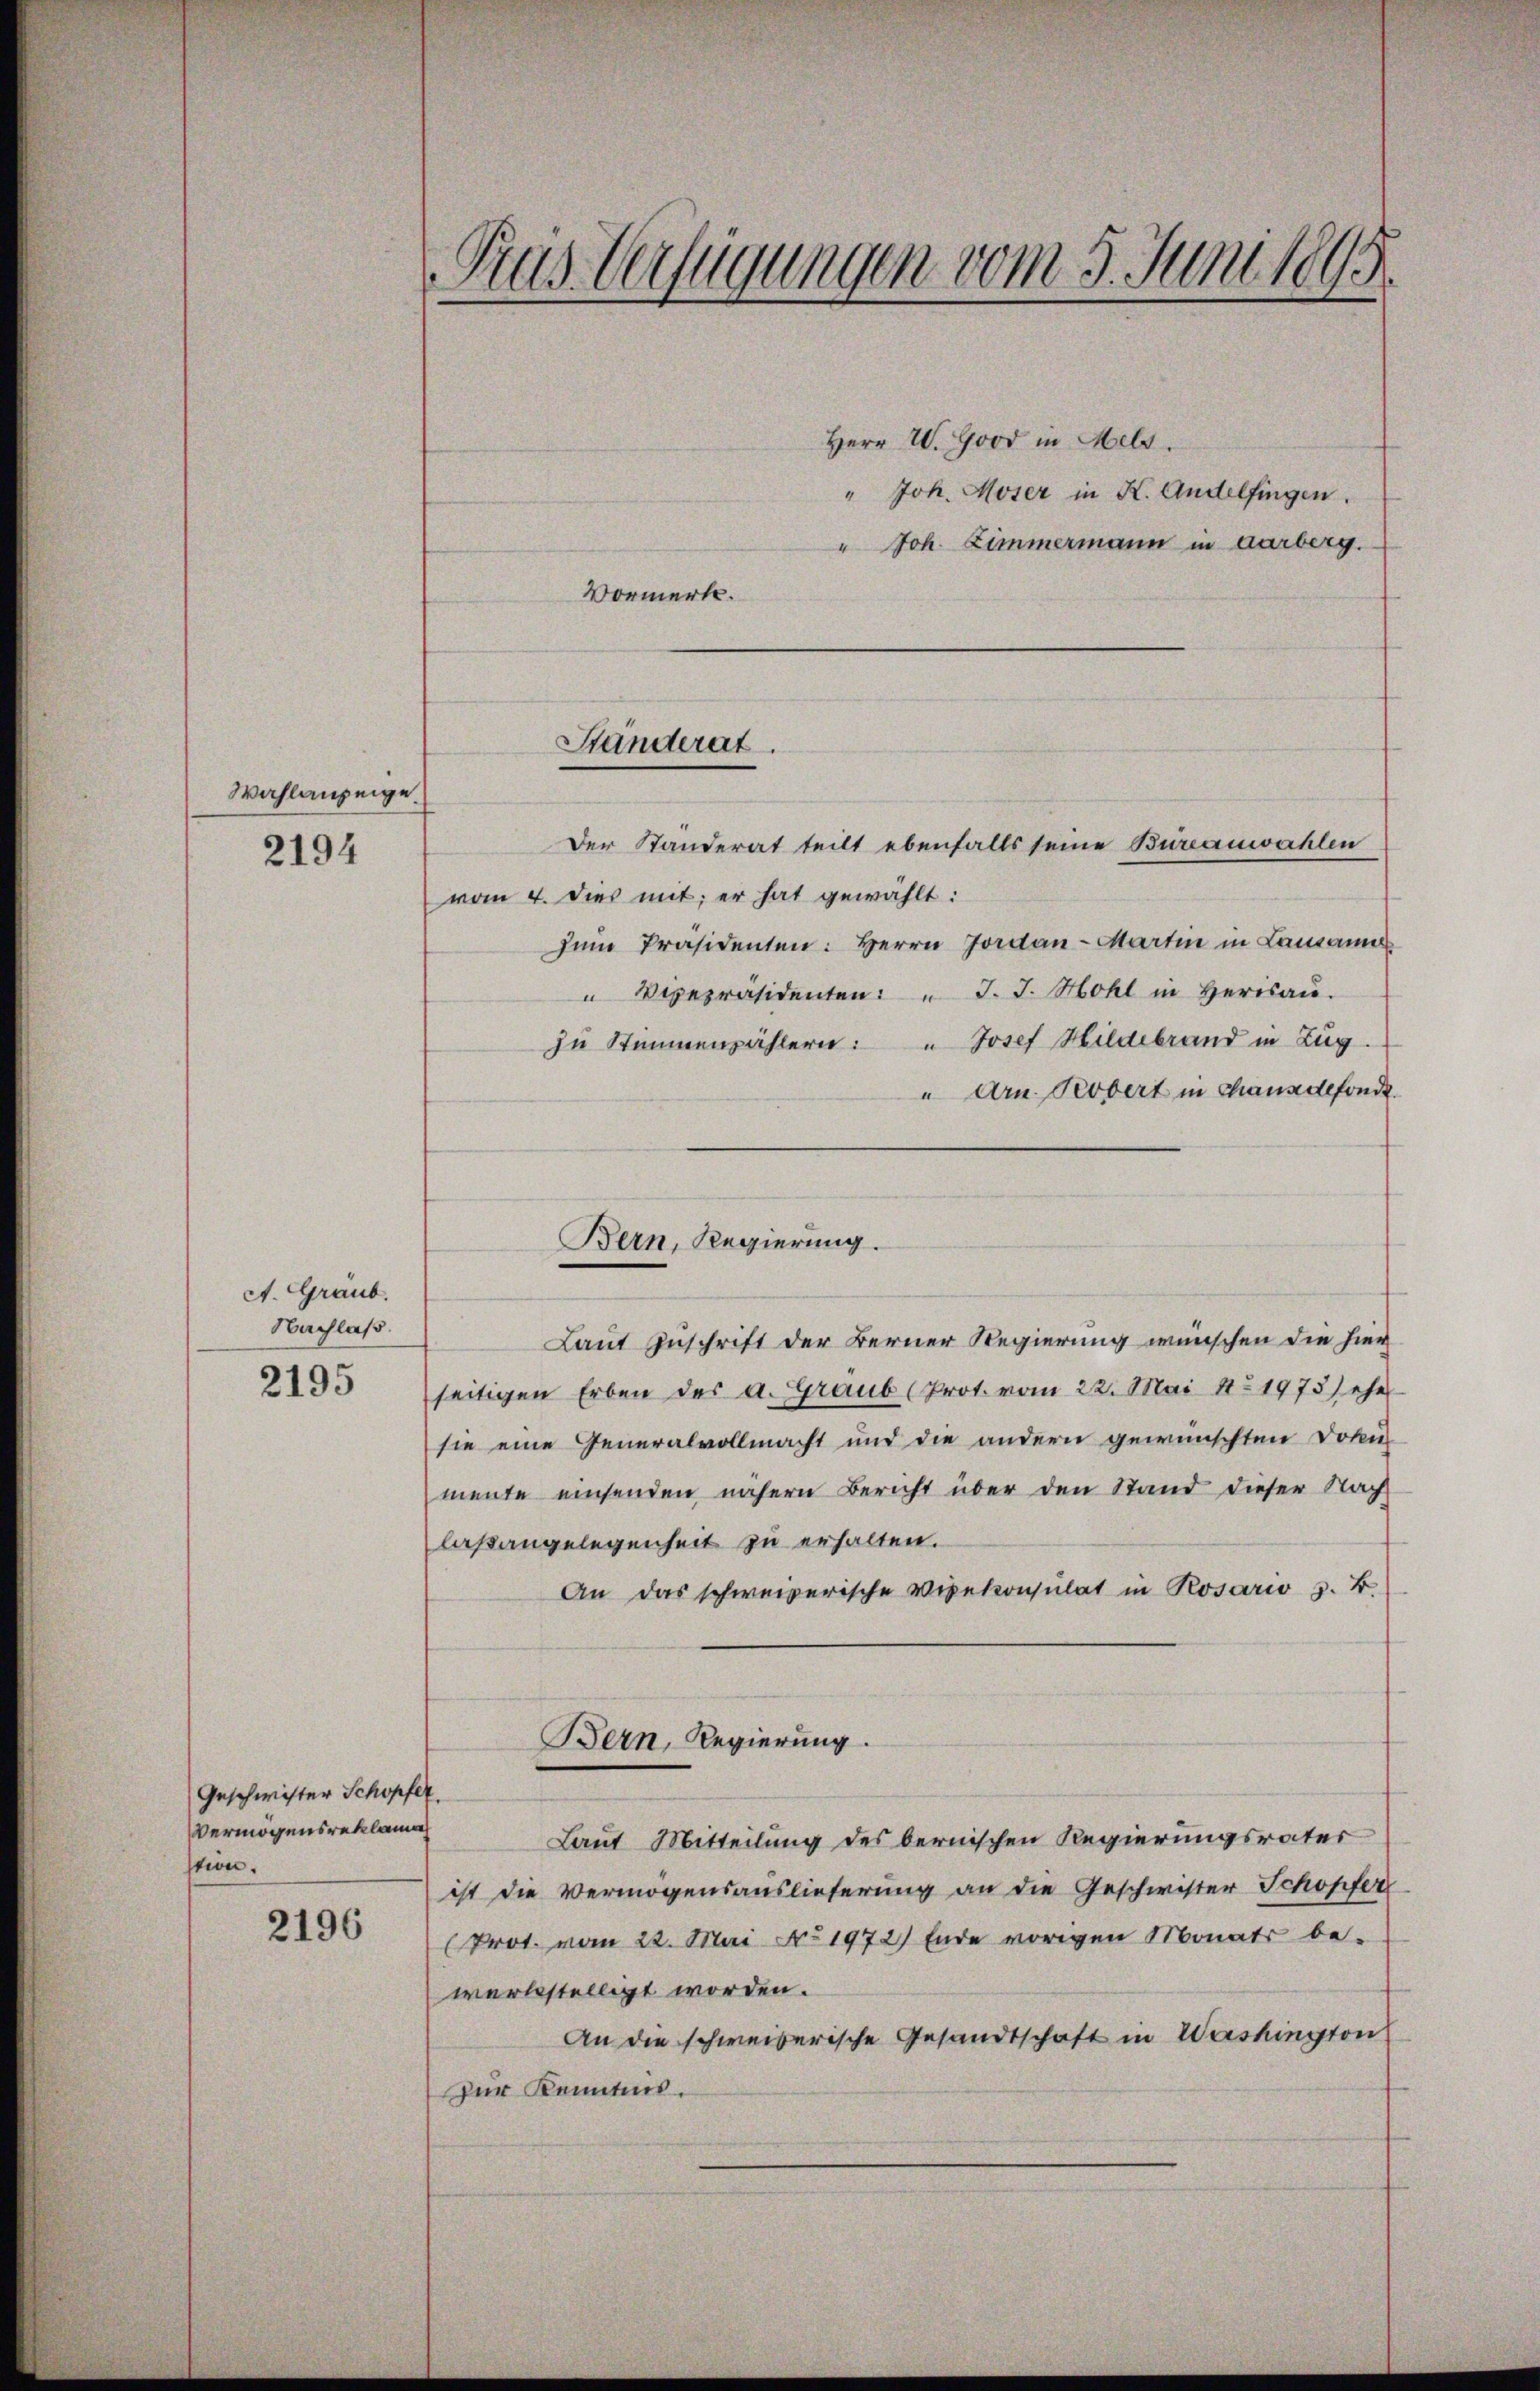
Wahlanzeige
2194

c. Graub.
Nachlaß.
2195

Geschwister Schopfer,
Vermögensreklame
stion.

2196

Pius Verfügungen vom 3. Juni 1895

Herr W. Good in Mels.
" Joh. Moser in K. Andelfingen.
" Joh. Zimmermann in Aarberg.
Der Standerat teilt ebenfalls seine Bureauwahlen
vom 4. dies mit; er hat gewählt:
zŭm Präsidenten: Herrn Jordan-Martin in Lausannes
" Vicepräsidenten: " J. J. Hohl in Herisau.
zu Stimmenzählern: " Josef Hildebrand in Zug.
" Arn. Probert in Chansdefonde
Laut Zuschrift der Berner Regierung wünschen die hier
seitigen Erben der a. Graub (Prot. vom 22. Mai 181973) ehr
sie eine Generalvollmacht und die andern gewünschten Doku-
mente einsenden nähern Bericht über den Stand dieser Nach
laßangelegenheit zu erhalten.
An das schweizerische Vipekonsulat in Rosario z. B.
Bern, Regierung.
Laut Mitteilung des bernischen Regierungsrater
ist die Vermögensauslieferung an die Geschwister Schopfer
Prot. vom 22. Mai No 1972) Ende vorigen Monats be-
werkstelligt worden.
An die schweizerische Gesandtschaft in Washington
Zur Kenntnis.

Vormerk.

Ständerat.

Bern, Regierung.